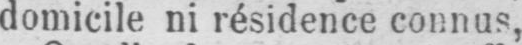
domicile ni résidence connus,